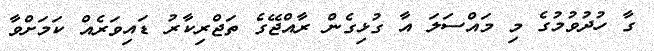
ގާ ހުދުވުމުގެ މި މައްސަލަ އާ ގުޅިގެން ރާއްޖޭގެ ތަޖްރިކާރު ޑައިވަރެއް ކަމަށްވާ